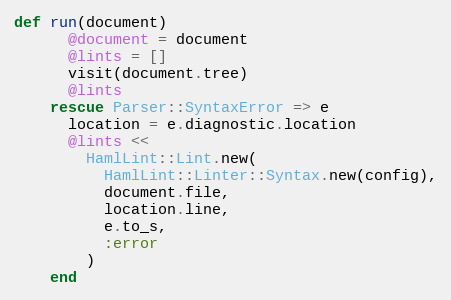
Language: Ruby
def run(document)
      @document = document
      @lints = []
      visit(document.tree)
      @lints
    rescue Parser::SyntaxError => e
      location = e.diagnostic.location
      @lints <<
        HamlLint::Lint.new(
          HamlLint::Linter::Syntax.new(config),
          document.file,
          location.line,
          e.to_s,
          :error
        )
    end